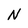
Character: N